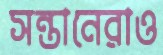
সন্তানেরাও